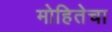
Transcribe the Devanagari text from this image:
मोहितेचा